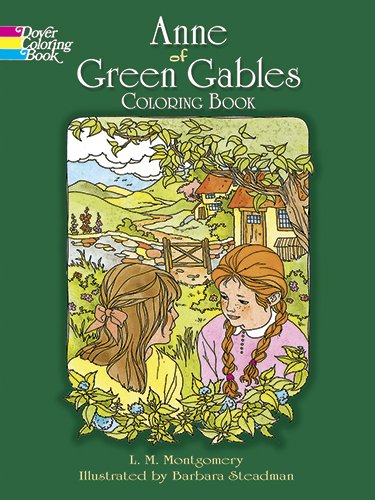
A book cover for Anne of Green Gables Coloring Book (Dover Classic Stories Coloring Book); L. M. Montgomery; Reference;